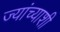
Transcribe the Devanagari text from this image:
ज्यांच्याशी